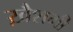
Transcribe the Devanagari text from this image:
ख़ैशगी